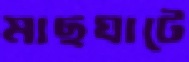
মাছঘাটে